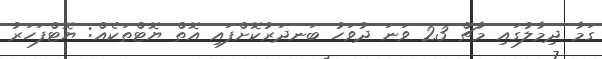
ގަމާ ދިމާލުގައި މާޗް 23 ވަނަ ދުވަހު ބަނދަރުކޮށްފައި އޮތް ޔޮޓްތަކެއް: ޔޮޓްފަހަރު